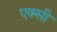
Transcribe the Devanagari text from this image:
एक्सी